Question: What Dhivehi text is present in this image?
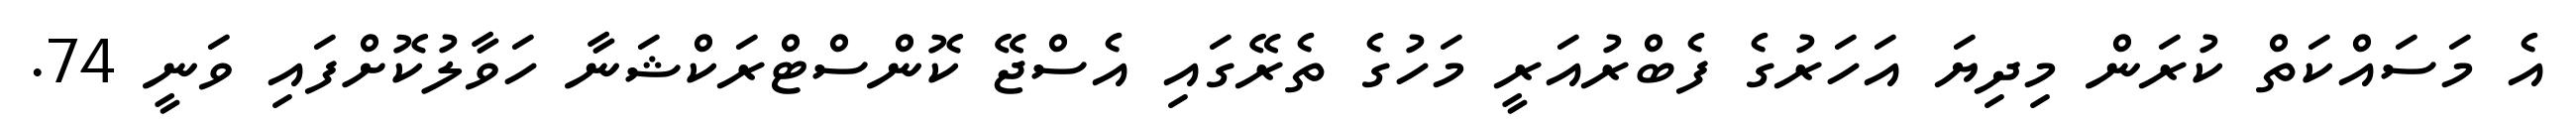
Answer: އެ މަސައްކަތް ކުރަން މިދިޔަ އަހަރުގެ ފެބްރުއަރީ މަހުގެ ތެރޭގައި އެސްޖޭ ކޮންސްޓްރަކްޝަނާ ހަވާލުކޮށްފައި ވަނީ 74.